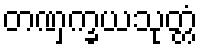
တဏှက္ခယသုတ္တံ